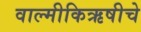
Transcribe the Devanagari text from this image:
वाल्मीकिऋषीचे